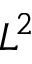
L ^ { 2 }